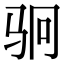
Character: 𬳶